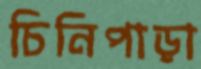
চিনিপাড়া